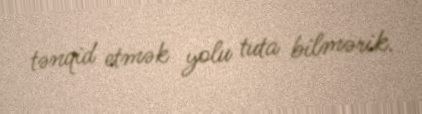
tənqid etmək yolu tuta bilmərik.